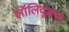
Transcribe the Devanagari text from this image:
लॉलिवूडचा